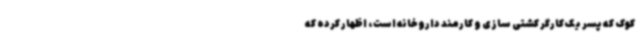
کوک که پسر یک کارگر کشتی سازی و کارمند داروخانه است، اظهار کرده که